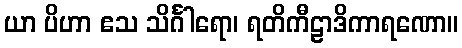
ယာ ပိဟာ ဧသ သိင်္ဂါရော၊ ရတိကီဠာဒိကာရဏော။